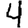
Digit: 4